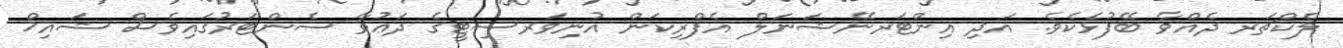
ލެކްޗަރ ދެއްވާ ބޭފުޅެކެވެ. އަދި އިންޓަރނޭޝަނަލް އެފްރިކަން އުނިވަރސިޓީގެ ދަޢުވާ ސެންޓަރުގައިވެސް ޝައިޚް